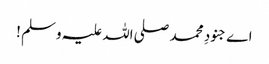
اے جنودِ محمد صلی اللہ علیہ وسلم !